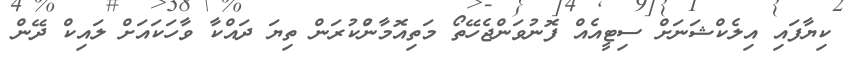
ކިޔާފައި އިލެކްޝަނަށް ސިޓީއެއް ފޮނުވަންޖެހޭތޯ މަތިއޮމާންުކުރަން ތިޔަ ދައްކާ ވާހަކައަށް ލައިކް ދޭން